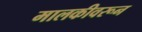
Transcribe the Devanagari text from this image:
मालकीवरून